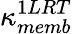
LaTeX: \kappa_{memb}^{1LRT}